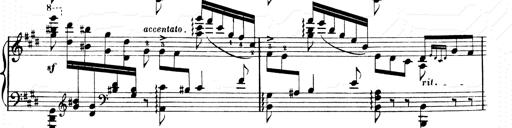
Title: 2 Transcriptions d'aprÃ¨s Rossini
Composer: Franz Liszt